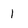
Character: 1